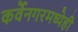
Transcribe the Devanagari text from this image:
कर्वेनगरमध्येही